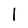
Character: 1